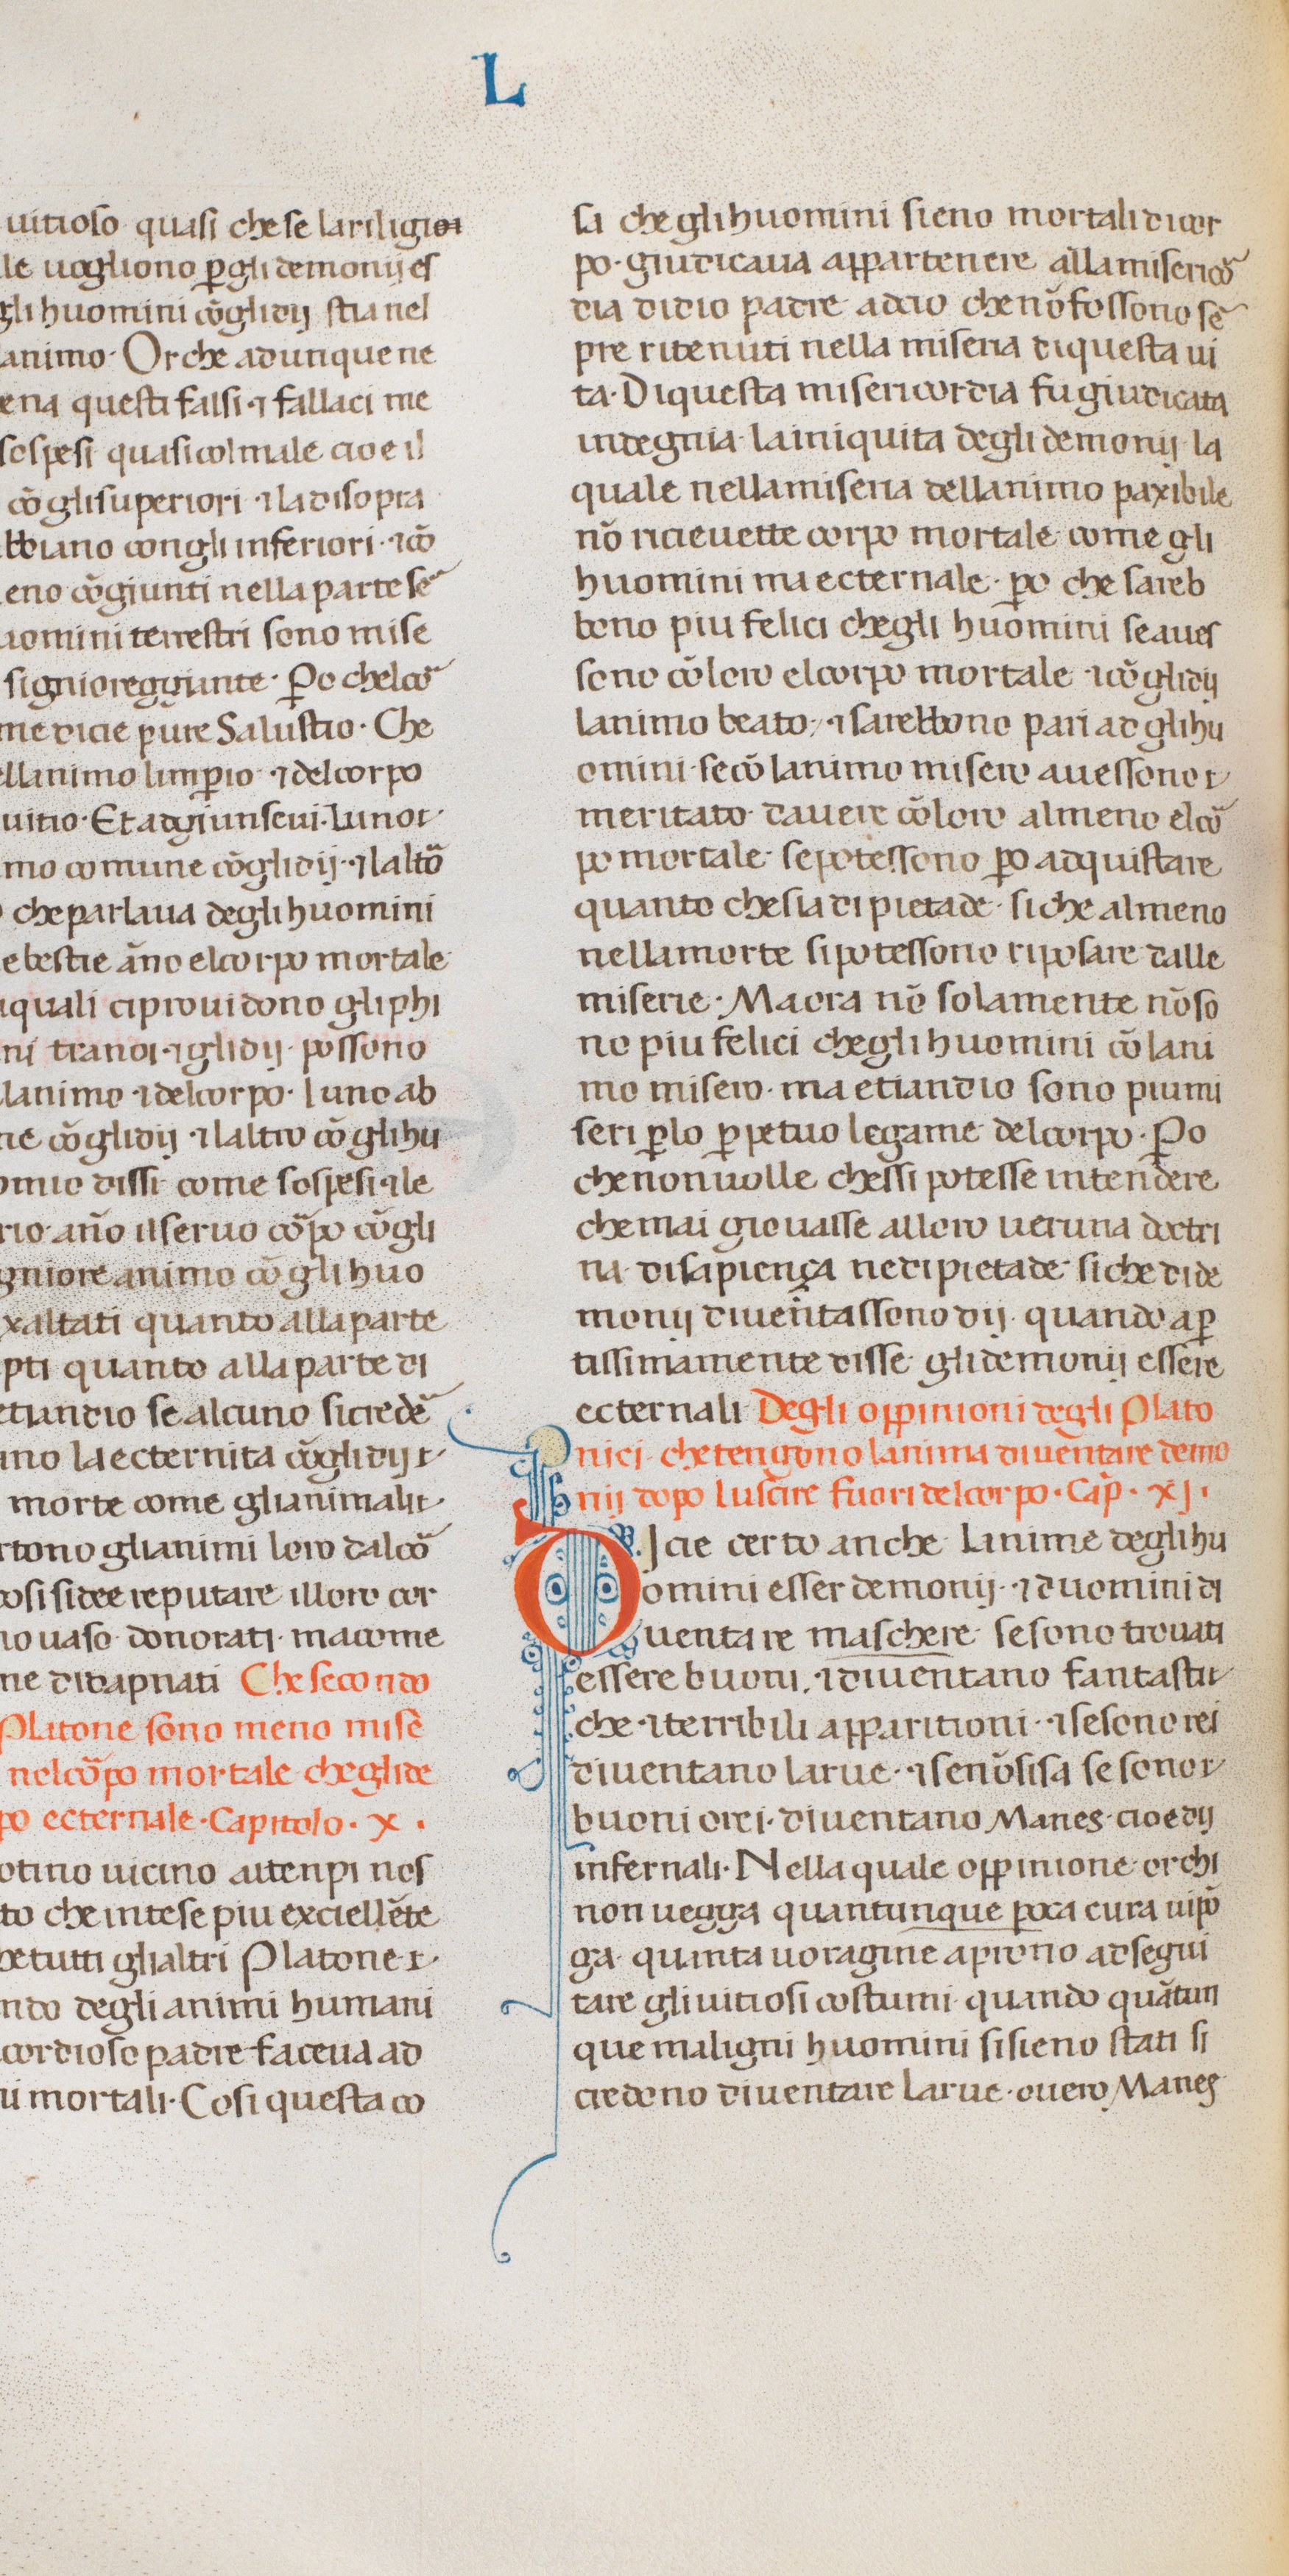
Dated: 1300–1399